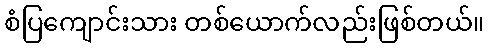
စံပြကျောင်းသား တစ်ယောက်လည်းဖြစ်တယ်။